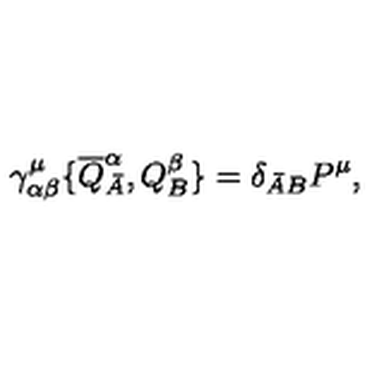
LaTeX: \gamma _ { \alpha \beta } ^ { \mu } \{ \overline { Q } _ { \bar { A } } ^ { \alpha } , Q _ { B } ^ { \beta } \} = \delta _ { \bar { A } B } P ^ { \mu } ,